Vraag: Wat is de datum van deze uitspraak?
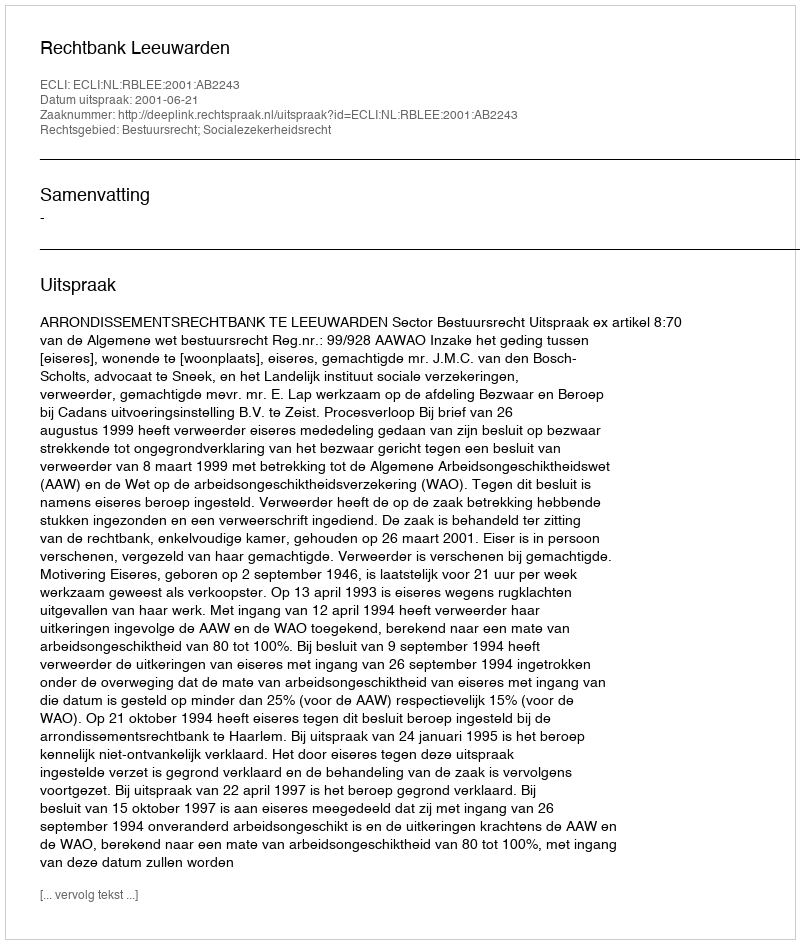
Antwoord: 2001-06-21